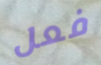
فعل